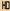
HD